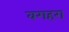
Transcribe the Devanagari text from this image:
वगहरा